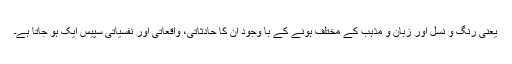
یعنی رنگ و نسل اور زبان و مذہب کے مختلف ہونے کے با وجود ان کا حادثاتی، واقعاتی اور نفسیاتی سپیس ایک ہو جاتا ہے۔